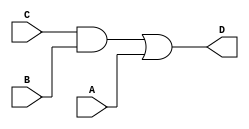
module circuit2(A,B,C,D);
input A,B,C;
output D;
wire w1;
and G1(w1,C,B);
or (D,w1,A);
endmodule